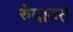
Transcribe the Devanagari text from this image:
रुंदावते